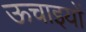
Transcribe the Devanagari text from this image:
ऊचाइयों